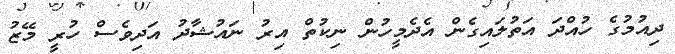
ދިއުމުގެ ހުއްދަ އަތުލައިގެން އެދެމީހުން ނިކުތް އިރު ނައުޝާދު އަދިވެސް ހުރީ މޭޒު